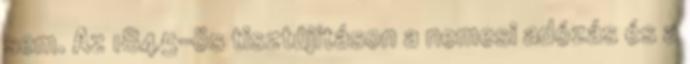
sem. Az 1845-ös tisztújításon a nemesi adózás és a